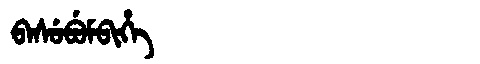
Manchu: ᠪᠠᠰᡠᠪᡠᠮᠪᡳᡥᡝ
Romanization: BASUBUMBIHE